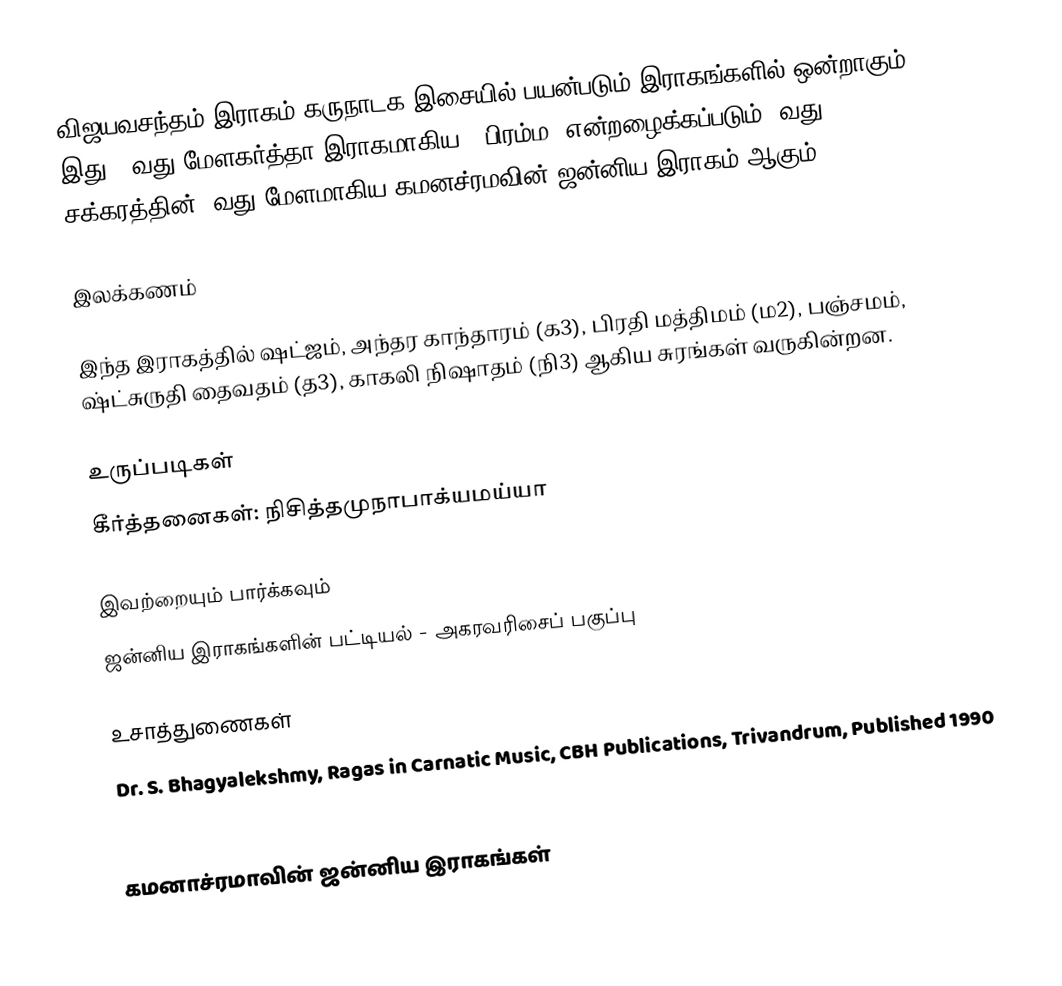
விஜயவசந்தம் இராகம் கருநாடக இசையில் பயன்படும் இராகங்களில் ஒன்றாகும். இது 53வது மேளகர்த்தா இராகமாகிய, "பிரம்ம" என்றழைக்கப்படும் 9வது சக்கரத்தின் 5வது மேளமாகிய கமனச்ரமவின் ஜன்னிய இராகம் ஆகும்.

இலக்கணம்

இந்த இராகத்தில் ஷட்ஜம், அந்தர காந்தாரம் (க3), பிரதி மத்திமம் (ம2), பஞ்சமம், ஷ்ட்சுருதி தைவதம் (த3), காகலி நிஷாதம்  (நி3) ஆகிய சுரங்கள் வருகின்றன.

உருப்படிகள்
 கீர்த்தனைகள்: நிசித்தமுநாபாக்யமய்யா

இவற்றையும் பார்க்கவும்
 ஜன்னிய இராகங்களின் பட்டியல் - அகரவரிசைப் பகுப்பு

உசாத்துணைகள்
 Dr. S. Bhagyalekshmy, Ragas in Carnatic Music, CBH Publications, Trivandrum, Published 1990
 B. Subba Rao, Raganidhi, The Music Academy, Madras, Published 1965, 4th reprint 1996

கமனாச்ரமாவின் ஜன்னிய இராகங்கள்